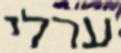
ערלי